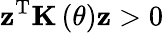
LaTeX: {\mathbf z}^{\mathrm{T}}{\mathbf K}\left(\theta\right){\mathbf z}>0